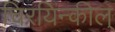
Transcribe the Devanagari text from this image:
चिरयिन्कील्